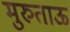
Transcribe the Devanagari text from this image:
मुरुताऊ